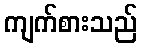
ကျက်စားသည်